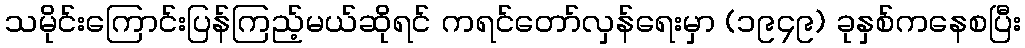
သမိုင်းကြောင်းပြန်ကြည့်မယ်ဆိုရင် ကရင်တော်လှန်ရေးမှာ (၁၉၄၉) ခုနှစ်ကနေစပြီး